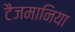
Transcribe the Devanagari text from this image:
टैजमानिया